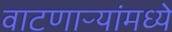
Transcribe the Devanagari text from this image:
वाटणाऱ्यांमध्ये